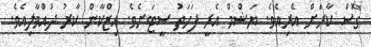
ގޮސް ކާރަށް އެރިއެވެ. ޔަޝްމް އެރީ ފަހަތު ސީޓަށެވެ. އިޒްކާން ކާރު ދުއްވާލިއެވެ.